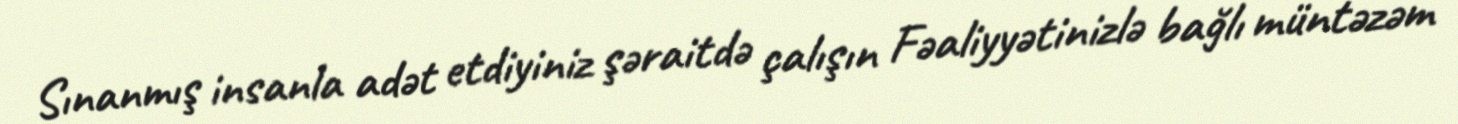
Sınanmış insanla adət etdiyiniz şəraitdə çalışın Fəaliyyətinizlə bağlı müntəzəm